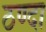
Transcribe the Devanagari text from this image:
ठण्दा